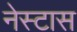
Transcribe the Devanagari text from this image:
नेस्टास